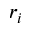
r _ { i }